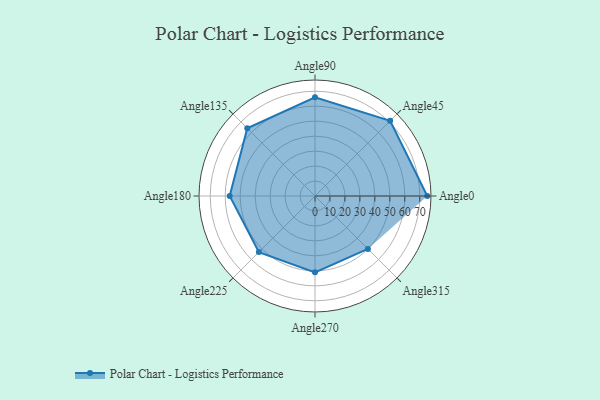
{"axis": {"x": "Angle", "y": "Radius"}, "legend": [""], "data": [{"x": "Angle0", "y": 75.0, "type": ""}, {"x": "Angle45", "y": 71.0, "type": ""}, {"x": "Angle90", "y": 66.0, "type": ""}, {"x": "Angle135", "y": 64.0, "type": ""}, {"x": "Angle180", "y": 57.0, "type": ""}, {"x": "Angle225", "y": 53.0, "type": ""}, {"x": "Angle270", "y": 51.0, "type": ""}, {"x": "Angle315", "y": 50, "type": ""}]}